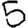
Digit: 5